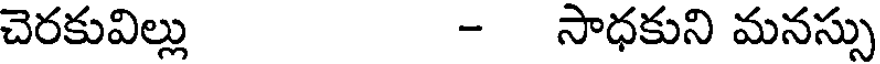
చెరకువిల్లు - సాధకుని మనస్సు